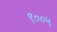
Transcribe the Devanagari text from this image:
९००५